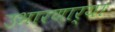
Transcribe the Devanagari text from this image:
उभारणार्‍या